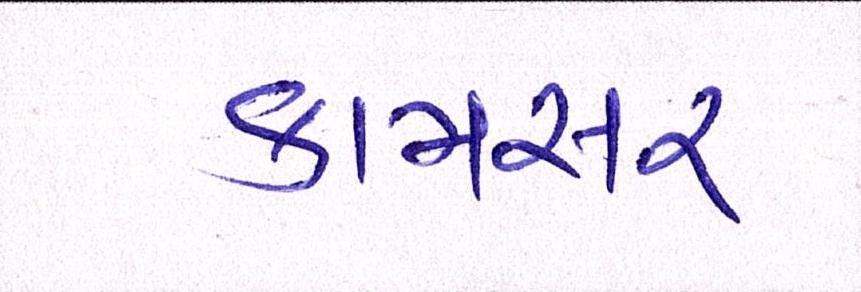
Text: કામસર